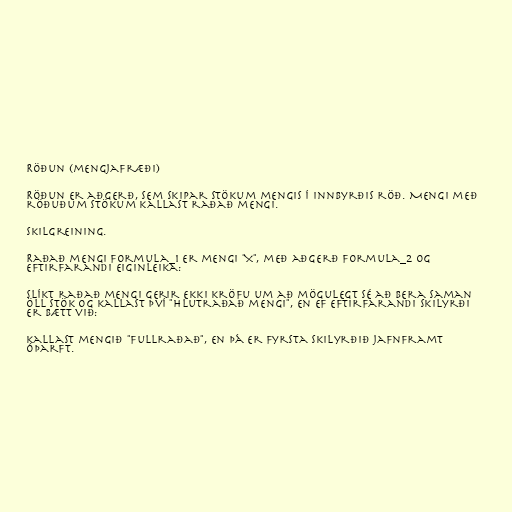
Röðun (mengjafræði)

Röðun er aðgerð, sem skipar stökum mengis í innbyrðis röð. Mengi með
röðuðum stökum kallast raðað mengi.

Skilgreining.

Raðað mengi formula_1 er mengi "X", með aðgerð formula_2 og
eftirfarandi eiginleika:

Slíkt raðað mengi gerir ekki kröfu um að mögulegt sé að bera saman
öll stök og kallast því "hlutraðað mengi", en ef eftirfarandi skilyrði
er bætt við:

kallast mengið "fullraðað", en þá er fyrsta skilyrðið jafnframt
óþarft.